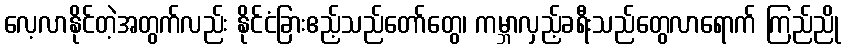
လေ့လာနိုင်တဲ့အတွက်လည်း နိုင်ငံခြားဧည့်သည်တော်တွေ၊ ကမ္ဘာလှည့်ခရီးသည်တွေလာရောက် ကြည်ညို